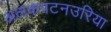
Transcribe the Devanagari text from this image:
अलकपटनउरिया